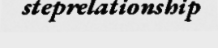
steprelationship